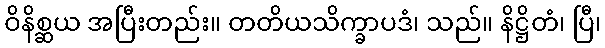
ဝိနိစ္ဆယ အပြီးတည်း။ တတိယသိက္ခာပဒံ၊ သည်။ နိဋ္ဌိတံ၊ ပြီ၊